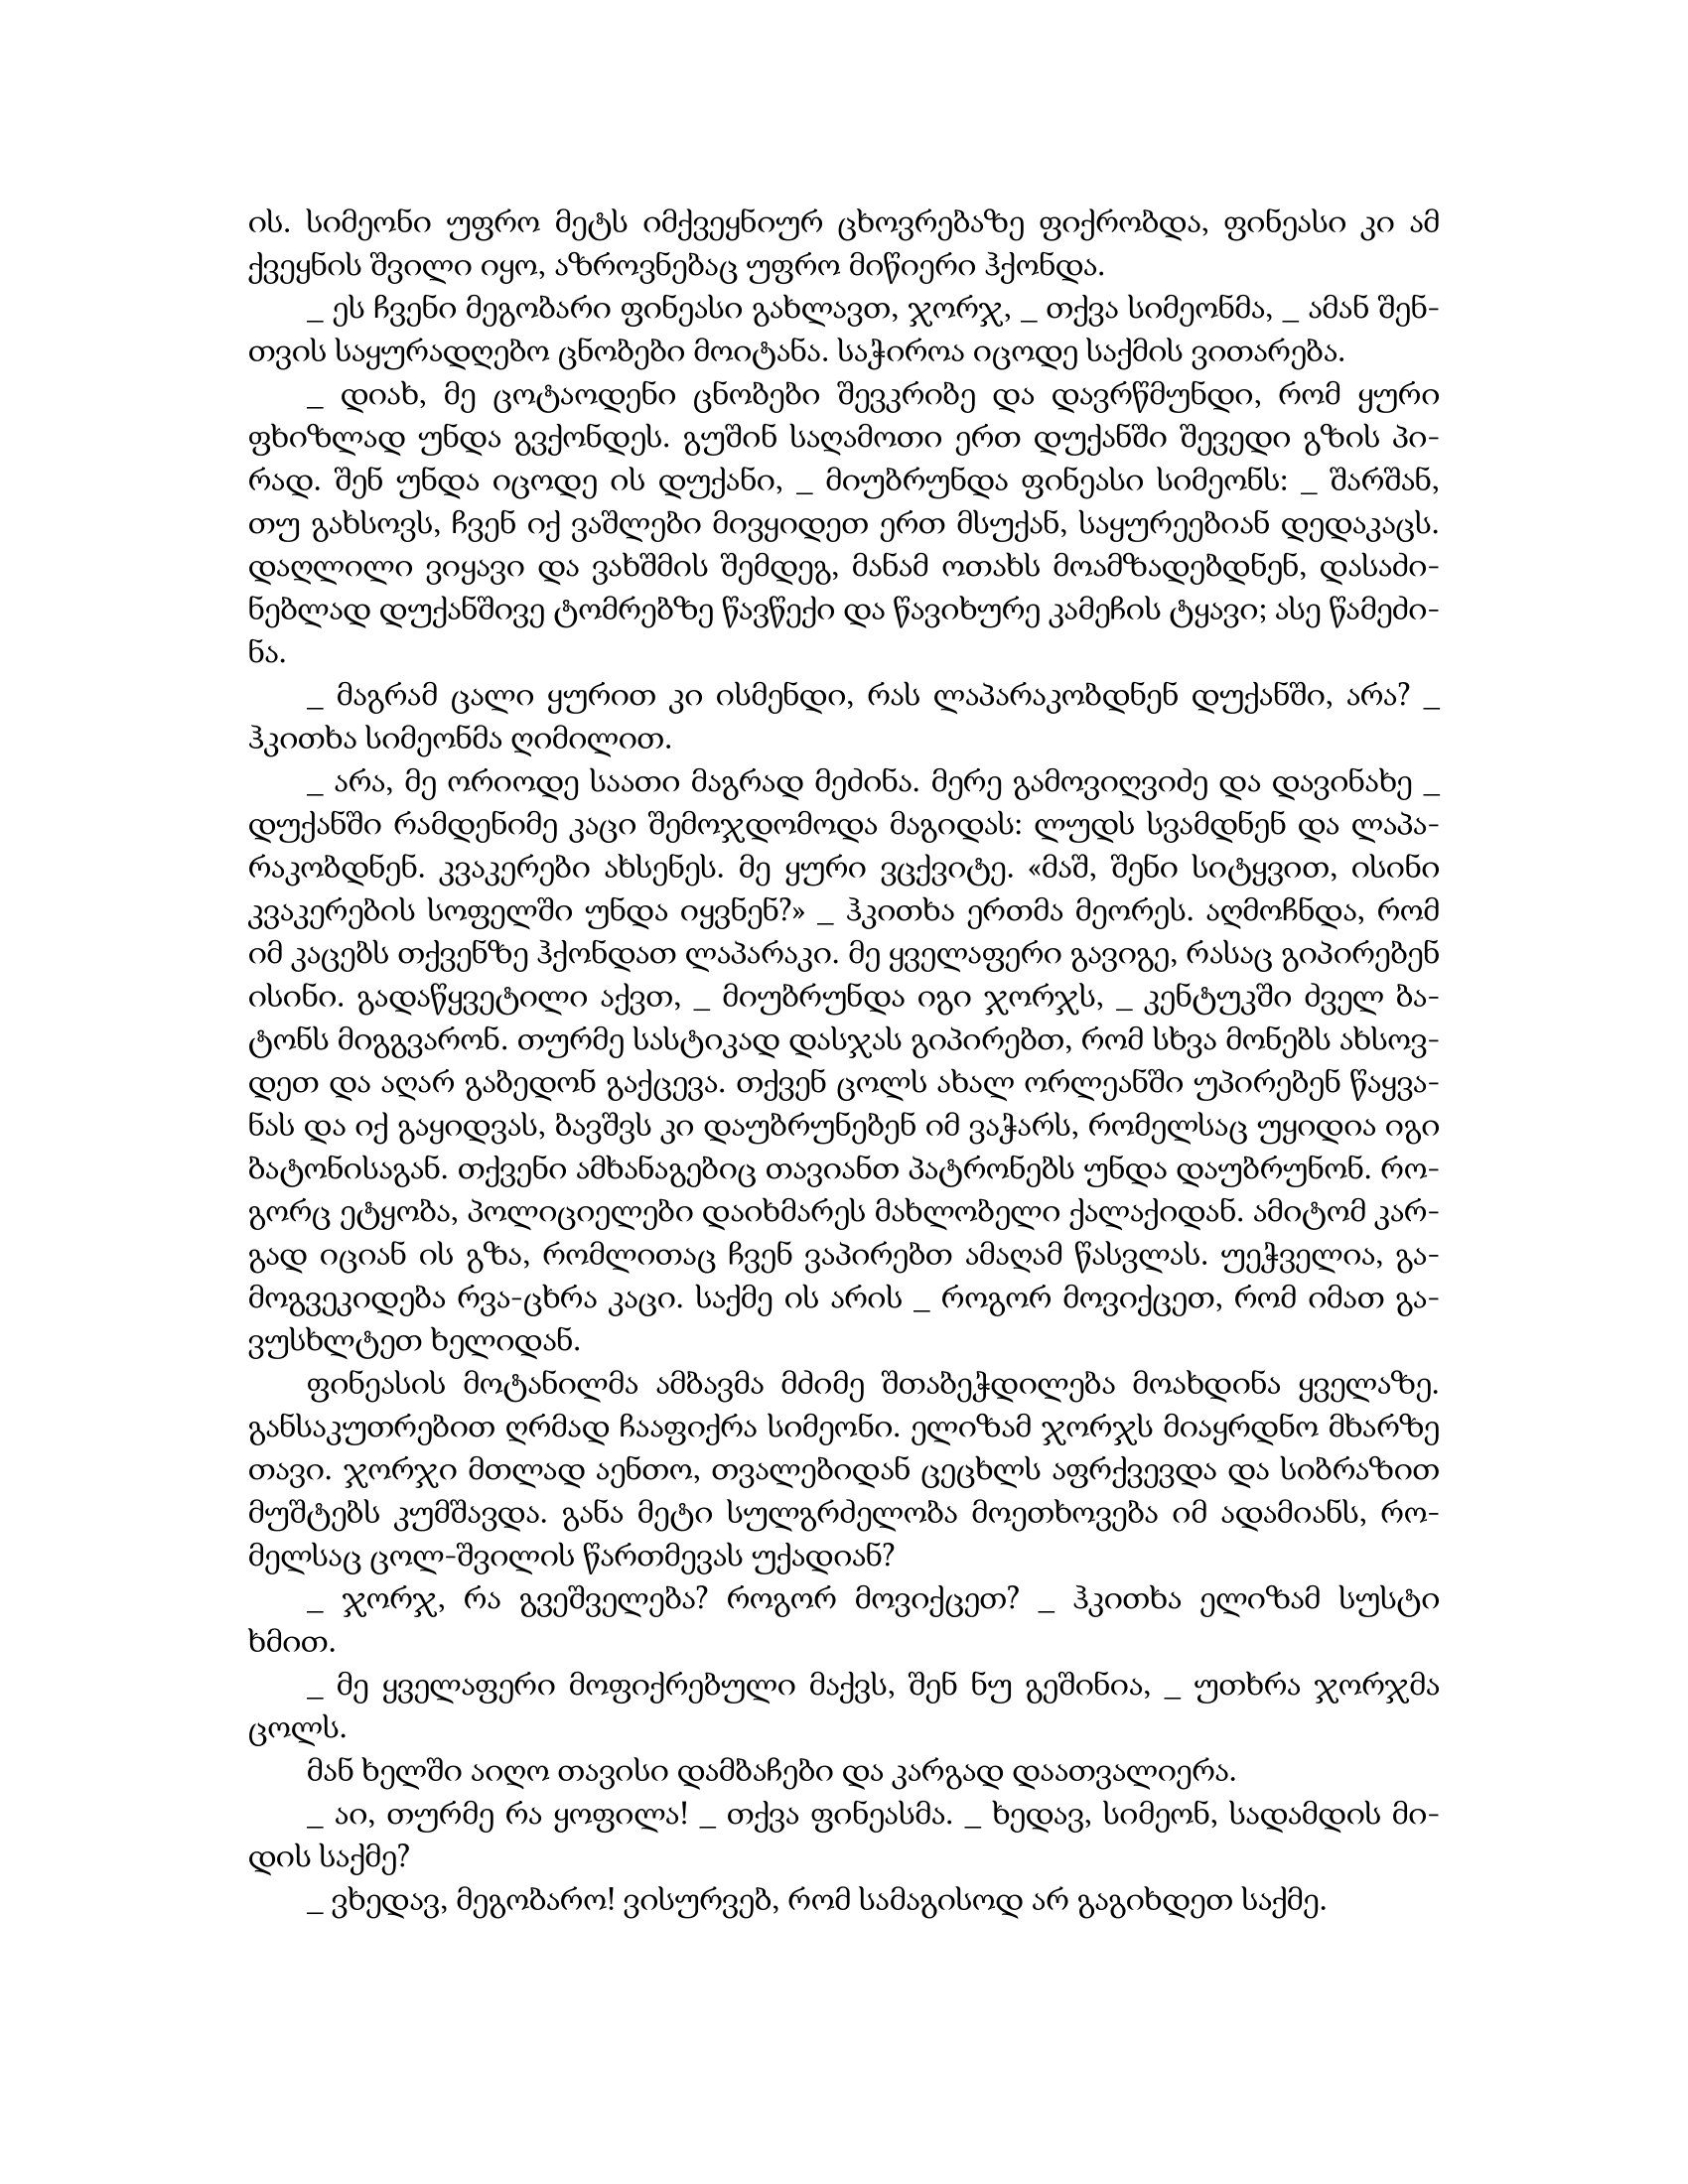
Language: gr